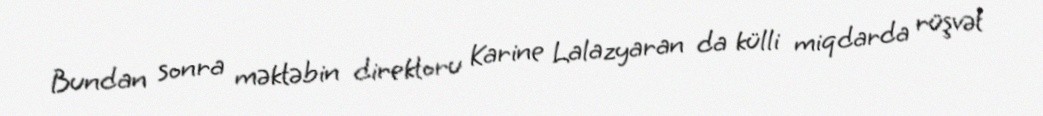
Bundan sonra məktəbin direktoru Karine Lalazyaran da külli miqdarda rüşvət